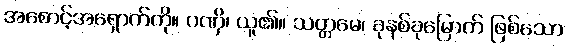
အစောင့်အရှောက်ကို။ ဂဏှိ၊ ယူ၏။ သတ္တမေ၊ ခုနစ်ခုမြောက် ဖြစ်သော